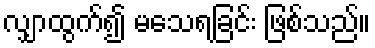
လျှာထွက်၍ မသေရခြင်း ဖြစ်သည်။